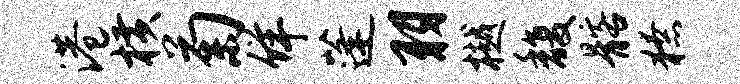
港横菊佯蓬羽樾馥髂獠